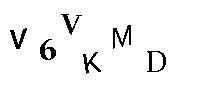
V6VKMD